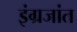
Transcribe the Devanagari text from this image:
इंग्रजांत